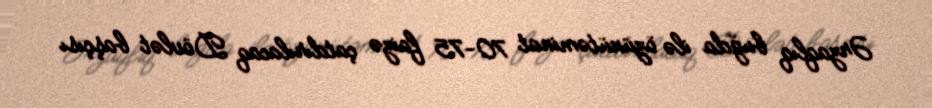
Ərzaqlıq buğda ilə özünütəminat 70-75 faizə çatdırılacaq Dövlət başçısı